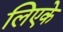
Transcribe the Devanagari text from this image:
लिएके